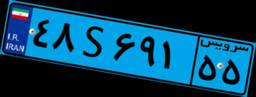
۴۸S۶۹۱۵۵